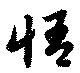
悟